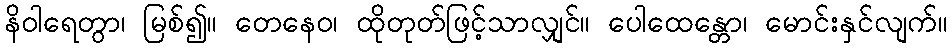
နိဝါရေတွာ၊ မြစ်၍။ တေနေဝ၊ ထိုတုတ်ဖြင့်သာလျှင်။ ပေါထေန္တော၊ မောင်းနှင်လျက်။